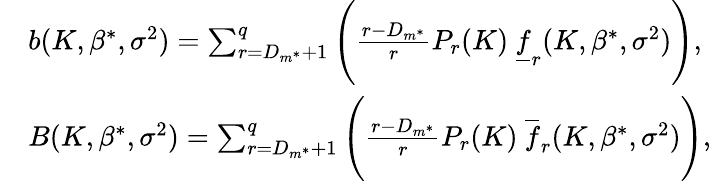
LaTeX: \begin{array}{rl}&{b(K,\beta^{*},\sigma^{2})=\sum_{r=D_{m^{*}}+1}^{q}\Bigg(\frac{r-D_{m^{*}}}{r}P_{r}(K)\ \underline{{f}}_{r}(K,\beta^{*},\sigma^{2})\Bigg),}\\ &{B(K,\beta^{*},\sigma^{2})=\sum_{r=D_{m^{*}}+1}^{q}\Bigg(\frac{r-D_{m^{*}}}{r}P_{r}(K)\ \overline{{f}}_{r}(K,\beta^{*},\sigma^{2})\Bigg),}\end{array}